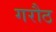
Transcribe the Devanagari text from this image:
गरौठ